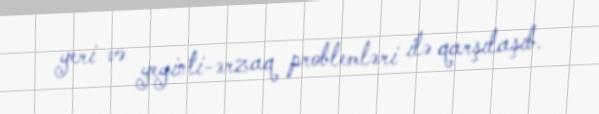
yeri və yeyinti-ərzaq problemləri ilə qarşılaşıb.